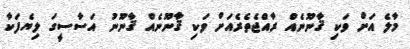
މާލެ އަށް ވަކި ޤާނޫނެއް ރާއްޖެތެރެއަށް ވަކި ޤާނޫނެއް ޤާނޫނު އަސާސީގަ ލިޔެފަކާ